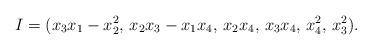
LaTeX: \begin{align*} I = (x_3x_1 - x_2^2,\, x_2x_3 - x_1x_4,\, x_2x_4,\, x_3x_4,\, x_4^2,\, x_3^2).\end{align*}